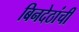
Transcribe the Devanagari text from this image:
बिनदेठांची